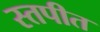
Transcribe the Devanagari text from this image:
स्तपीत